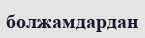
болжамдардан